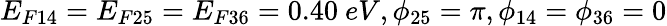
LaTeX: E_{F14}=E_{F25}=E_{F36}=0.40~eV,\phi_{25}=\pi,\phi_{14}=\phi_{36}=0